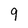
Character: 9